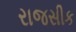
રાજસીક